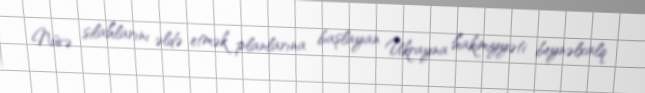
Nüvə silahlarını əldə etmək planlarına başlayan Ukrayna hakimiyyəti beynəlxalq